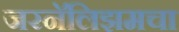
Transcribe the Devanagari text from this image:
जरनॅलिझमचा